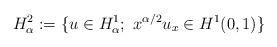
LaTeX: \begin{align*}H_{\alpha}^2:= \{ u\in H_{\alpha}^1;\ x^{\alpha /2} u_x\in H^1(0,1) \}\end{align*}